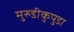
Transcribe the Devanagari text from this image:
मुरुडीकुपुडा